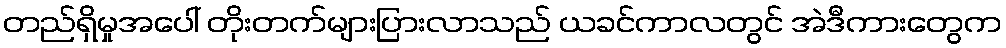
တည်ရှိမှုအပေါ် တိုးတက်များပြားလာသည် ယခင်ကာလတွင် အဲဒီကားတွေက